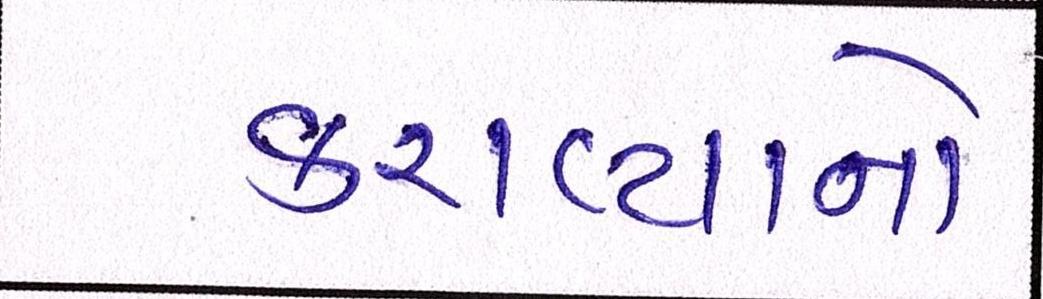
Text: કરાવ્યાનો